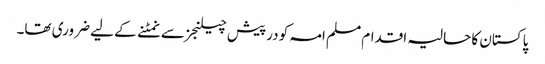
پاکستان کا حالیہ اقدام مسلم امہ کو درپیش چیلنجز سے نمٹنے کے لیے ضروری تھا۔